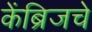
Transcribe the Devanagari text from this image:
केंब्रिजचे